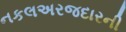
નકલઅરજદારની